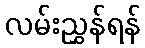
လမ်းညွှန်ရန်